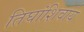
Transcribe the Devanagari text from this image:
तिघांशिवाय